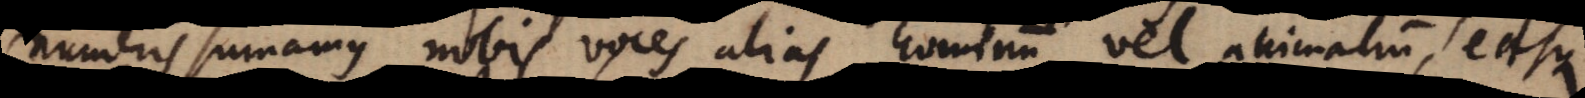
numeris sumamus nobis voces alias hominum vel animalium, easque